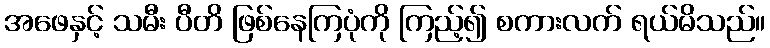
အဖေနှင့် သမီး ပီတိ ဖြစ်နေကြပုံကို ကြည့်၍ စကားလက် ရယ်မိသည်။